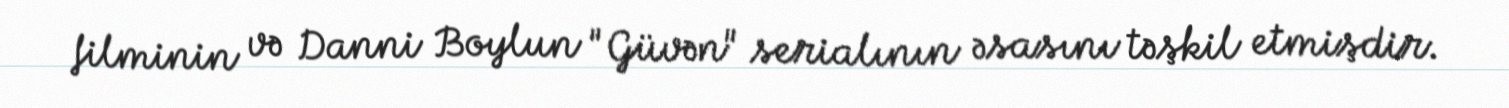
filminin və Danni Boylun "Güvən" serialının əsasını təşkil etmişdir.